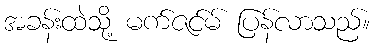
အခန်းထဲသို့ မက်ဇင်မ် ပြန်လာသည်။